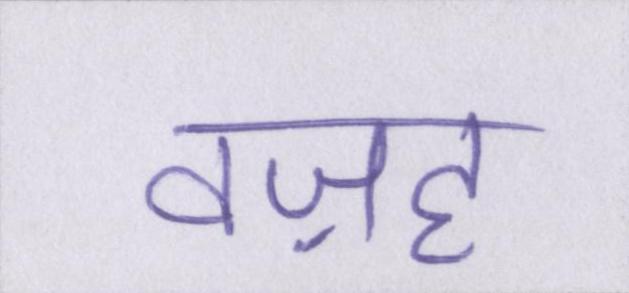
वज़ह